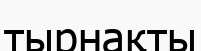
тырнақты